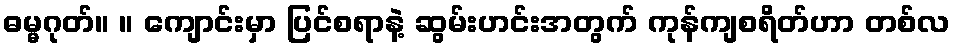
ဓမ္မဂုတ်။ ။ ကျောင်းမှာ ပြင်စရာနဲ့ ဆွမ်းဟင်းအတွက် ကုန်ကျစရိတ်ဟာ တစ်လ